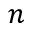
n